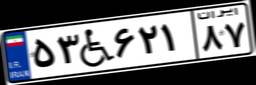
۵۳W۶۲۱۸۷